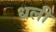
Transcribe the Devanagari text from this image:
धली